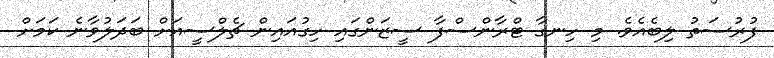
ފުރުސަތު ލިބެއެވެ. މި ހިނގާ ޓްރާންސްފާ ސީޒަންގައި ހިގުއައިން ޗެލްސީއަށް ބަދަލުވާނެ ކަމަށް